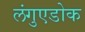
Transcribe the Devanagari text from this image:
लंगुएडोक